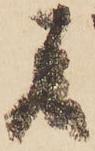
者